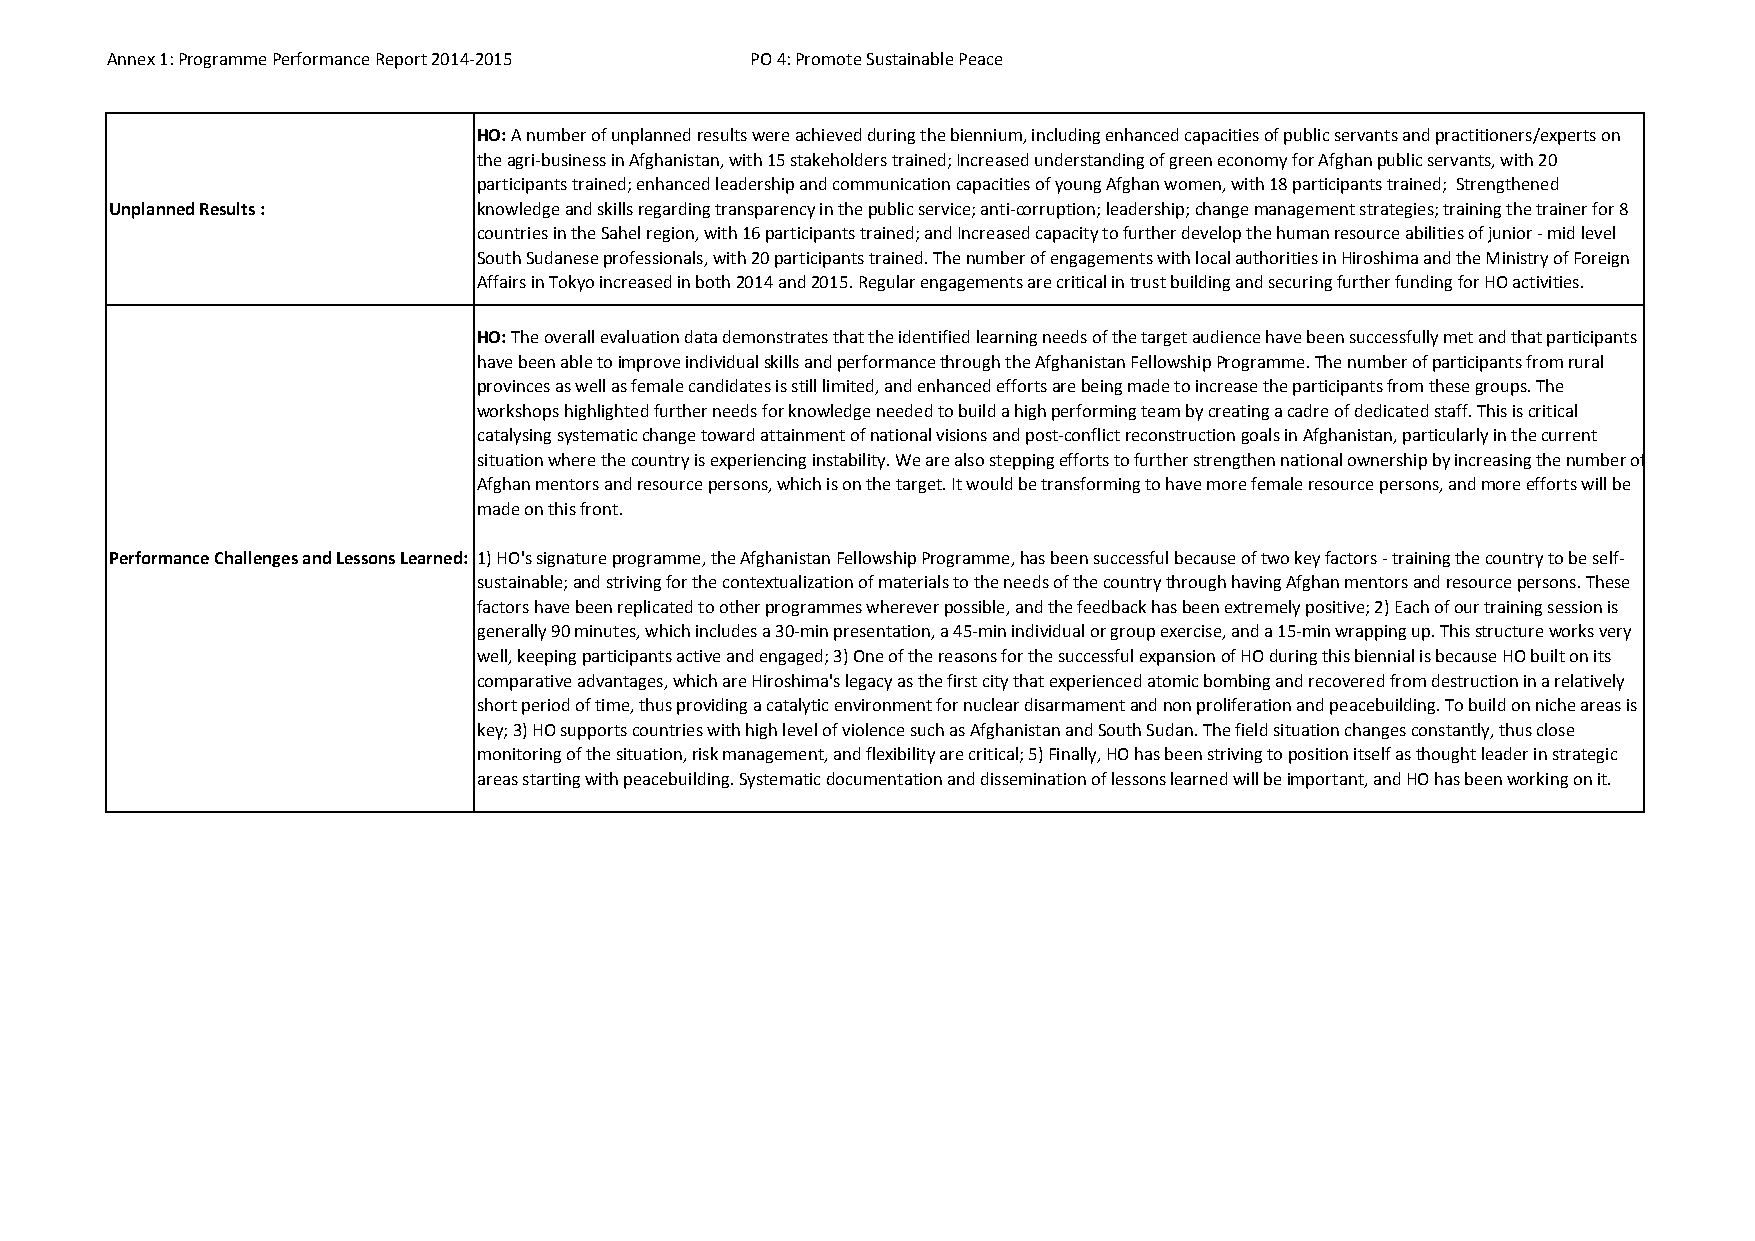
Annex 1: Programme Performance Report 2014‐2015 PO 4: Promote Sustainable Peace
 HO: A number of unplanned results were achieved during the biennium, including enhanced capacities of public servants and practitioners/experts on
 the agri‐business in Afghanistan, with 15 stakeholders trained; Increased understanding of green economy for Afghan public servants, with 20
 participants trained; enhanced leadership and communication capacities of young Afghan women, with 18 participants trained; Strengthened
 Unplanned Results :      knowledge and skills regarding transparency in the public service; anti‐corruption; leadership; change management strategies; training the trainer for 8
 countries in the Sahel region, with 16 participants trained; and Increased capacity to further develop the human resource abilities of junior ‐ mid level
 South Sudanese professionals, with 20 participants trained. The number of engagements with local authorities in Hiroshima and the Ministry of Foreign
 Affairs in Tokyo increased in both 2014 and 2015. Regular engagements are critical in trust building and securing further funding for HO activities.
 HO: The overall evaluation data demonstrates that the identified learning needs of the target audience have been successfully met and that participants
 have been able to improve individual skills and performance through the Afghanistan Fellowship Programme. The number of participants from rural
 provinces as well as female candidates is still limited, and enhanced efforts are being made to increase the participants from these groups. The
 workshops highlighted further needs for knowledge needed to build a high performing team by creating a cadre of dedicated staff. This is critical
 catalysing systematic change toward attainment of national visions and post‐conflict reconstruction goals in Afghanistan, particularly in the current
 situation where the country is experiencing instability. We are also stepping efforts to further strengthen national ownership by increasing the number of
 Afghan mentors and resource persons, which is on the target. It would be transforming to have more female resource persons, and more efforts will be
 made on this front.
 Performance Challenges and Lessons Learned: 1) HO's signature programme, the Afghanistan Fellowship Programme, has been successful because of two key factors ‐ training the country to be self‐
 sustainable; and striving for the contextualization of materials to the needs of the country through having Afghan mentors and resource persons. These
 factors have been replicated to other programmes wherever possible, and the feedback has been extremely positive; 2) Each of our training session is
 generally 90 minutes, which includes a 30‐min presentation, a 45‐min individual or group exercise, and a 15‐min wrapping up. This structure works very
 well, keeping participants active and engaged; 3) One of the reasons for the successful expansion of HO during this biennial is because HO built on its
 comparative advantages, which are Hiroshima's legacy as the first city that experienced atomic bombing and recovered from destruction in a relatively
 short period of time, thus providing a catalytic environment for nuclear disarmament and non proliferation and peacebuilding. To build on niche areas is
 key; 3) HO supports countries with high level of violence such as Afghanistan and South Sudan. The field situation changes constantly, thus close
 monitoring of the situation, risk management, and flexibility are critical; 5) Finally, HO has been striving to position itself as thought leader in strategic
 areas starting with peacebuilding. Systematic documentation and dissemination of lessons learned will be important, and HO has been working on it.